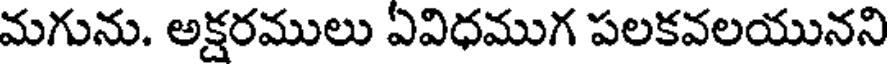
మగును. అక్షరములు ఏవిధముగ పలకవలయునని